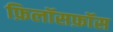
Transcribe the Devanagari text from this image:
फ़िलॉसफ़ॉस